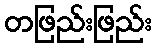
တဖြည်းဖြည်း